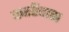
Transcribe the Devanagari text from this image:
कशीदास